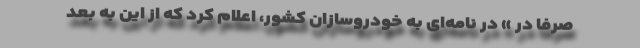
صرفا در » در نامه‌ای به خودروسازان کشور، اعلام کرد که از این به بعد